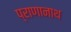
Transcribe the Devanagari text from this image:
प्राणानाथ